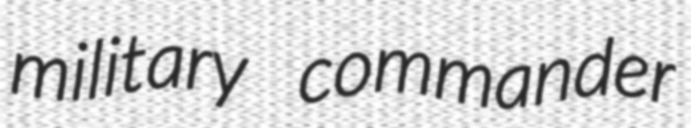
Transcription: military commander